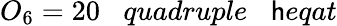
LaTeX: O_{6}=20\; \; \; quadruple\; \; \; \mathsf{h}eqat